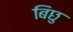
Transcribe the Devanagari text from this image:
बिछु